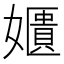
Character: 𡣓